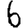
Digit: 6